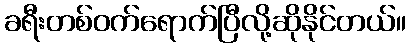
ခရီးတစ်ဝက်ရောက်ပြီလို့ဆိုနိုင်တယ်။